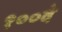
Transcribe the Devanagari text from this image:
१००वे